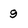
Character: 9